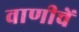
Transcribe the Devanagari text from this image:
वाणीचें